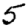
Digit: 5